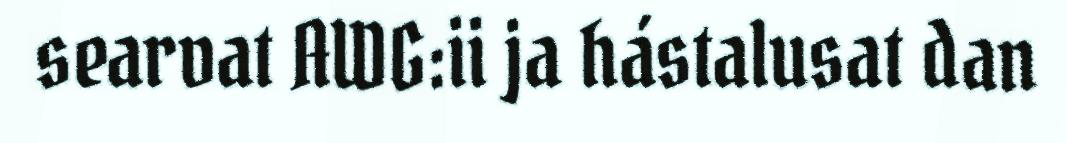
searvat AWG:ii ja hástalusat dan